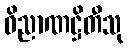
ဝိညာဏဋ္ဌိတီသု